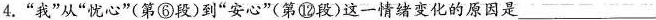
4.”我”从”忧心”(第⑥段)到”安心”(第⑩段)这一情绪变化的原因是